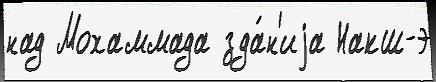
над Мохаммада зда́н'иjа Накш-э